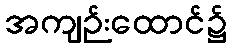
အကျဉ်းထောင်၌